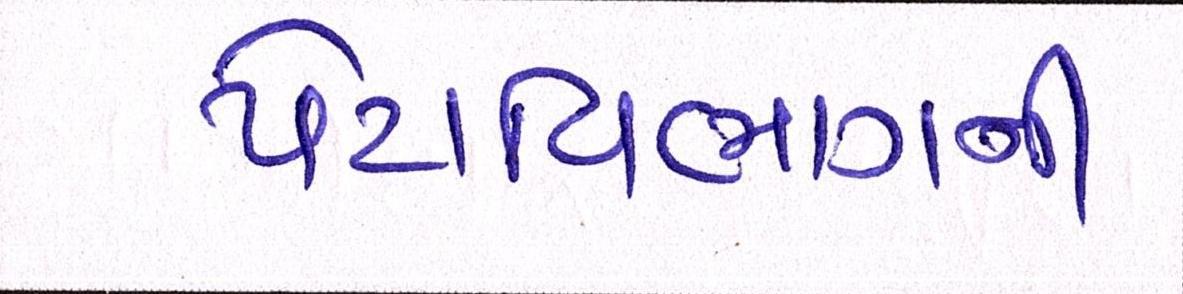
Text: પેટાવિભાગની